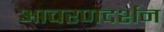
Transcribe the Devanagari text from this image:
आचरणदर्शन